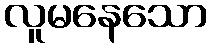
လူမနေသော